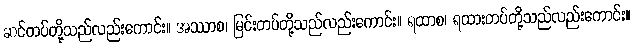
ဆင်တပ်တို့သည်လည်းကောင်း။ အဿာစ၊ မြင်းတပ်တို့သည်လည်းကောင်း။ ရထာစ၊ ရထားတပ်တို့သည်လည်းကောင်း။